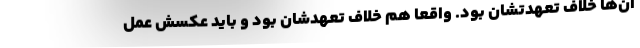
آن‌ها خلاف تعهدتشان بود. واقعاً هم خلاف تعهدشان بود و باید عکسش عمل